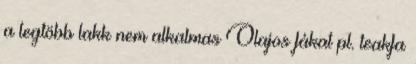
a legtöbb lakk nem alkalmas Olajos fákat pl. teakfa